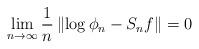
LaTeX: \begin{align*}\lim _{n \rightarrow \infty} \frac{1}{n}\left\|\log \phi_{n}-S_{n} f\right\|=0\end{align*}